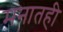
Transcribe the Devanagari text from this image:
मनातही